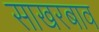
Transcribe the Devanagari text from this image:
साखरबाव